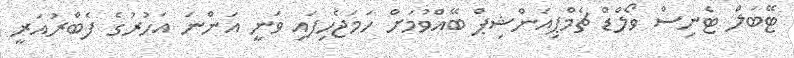
ޓޭބަލް ޓެނިސް ވޯލްޑް ޗެމްޕިއަންޝިޕް ބޭއްވުމަށް ހަމަޖެހިފައި ވަނީ އަންނަ އަހުރުގެ ފެބްރުއަރީ